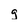
Character: g